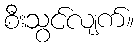
စီးသွင်လျက်။